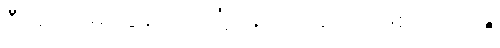
ဦးကျော်မိုးထွန်းက တုံ့ပြန်ပြောခဲ့တာ ဖြစ်ပါတယ်။